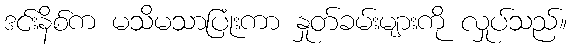
ဒင်းနိစ်က မသိမသာပြုံးကာ နှုတ်ခမ်းများကို လှုပ်သည်။